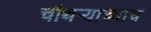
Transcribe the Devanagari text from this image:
चौथर्‍याच्याच